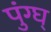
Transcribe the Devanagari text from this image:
पुंग्घ्